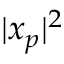
| x _ { p } | ^ { 2 }